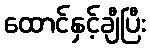
ထောင်နှင့်ချီပြီး